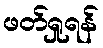
ဖတ်ရှုရန်